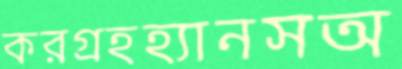
করগ্রহহ্যানসঅ